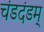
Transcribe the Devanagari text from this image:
चंडदंडम्